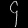
Digit: ၄